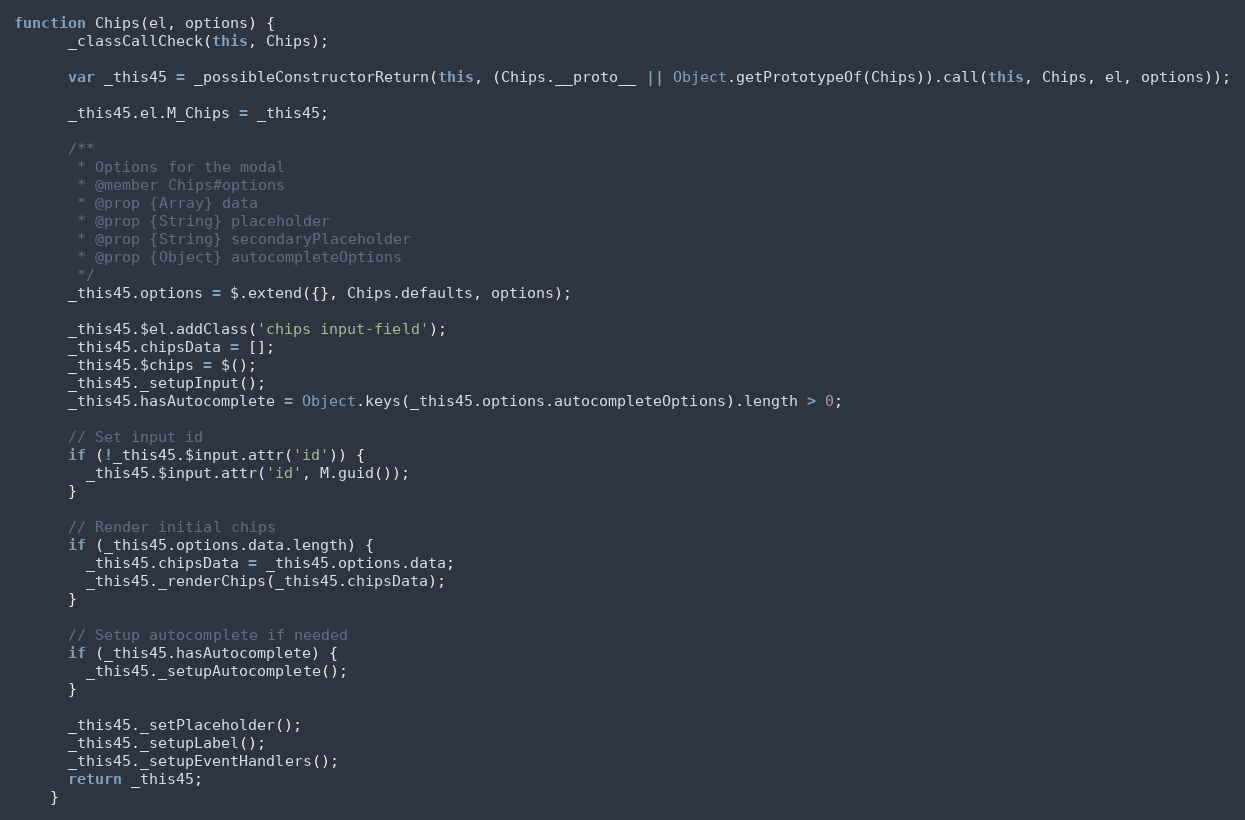
Language: JavaScript
function Chips(el, options) {
      _classCallCheck(this, Chips);

      var _this45 = _possibleConstructorReturn(this, (Chips.__proto__ || Object.getPrototypeOf(Chips)).call(this, Chips, el, options));

      _this45.el.M_Chips = _this45;

      /**
       * Options for the modal
       * @member Chips#options
       * @prop {Array} data
       * @prop {String} placeholder
       * @prop {String} secondaryPlaceholder
       * @prop {Object} autocompleteOptions
       */
      _this45.options = $.extend({}, Chips.defaults, options);

      _this45.$el.addClass('chips input-field');
      _this45.chipsData = [];
      _this45.$chips = $();
      _this45._setupInput();
      _this45.hasAutocomplete = Object.keys(_this45.options.autocompleteOptions).length > 0;

      // Set input id
      if (!_this45.$input.attr('id')) {
        _this45.$input.attr('id', M.guid());
      }

      // Render initial chips
      if (_this45.options.data.length) {
        _this45.chipsData = _this45.options.data;
        _this45._renderChips(_this45.chipsData);
      }

      // Setup autocomplete if needed
      if (_this45.hasAutocomplete) {
        _this45._setupAutocomplete();
      }

      _this45._setPlaceholder();
      _this45._setupLabel();
      _this45._setupEventHandlers();
      return _this45;
    }